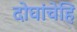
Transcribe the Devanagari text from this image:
दोघांचेहि